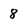
Character: 8